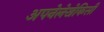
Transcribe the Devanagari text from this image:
अपनेलेखेकिसी